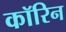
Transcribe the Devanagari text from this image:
कॉरिन